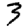
Digit: 3